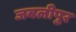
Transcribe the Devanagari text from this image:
जबलीपुर